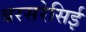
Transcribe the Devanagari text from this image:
बरसरेसिई